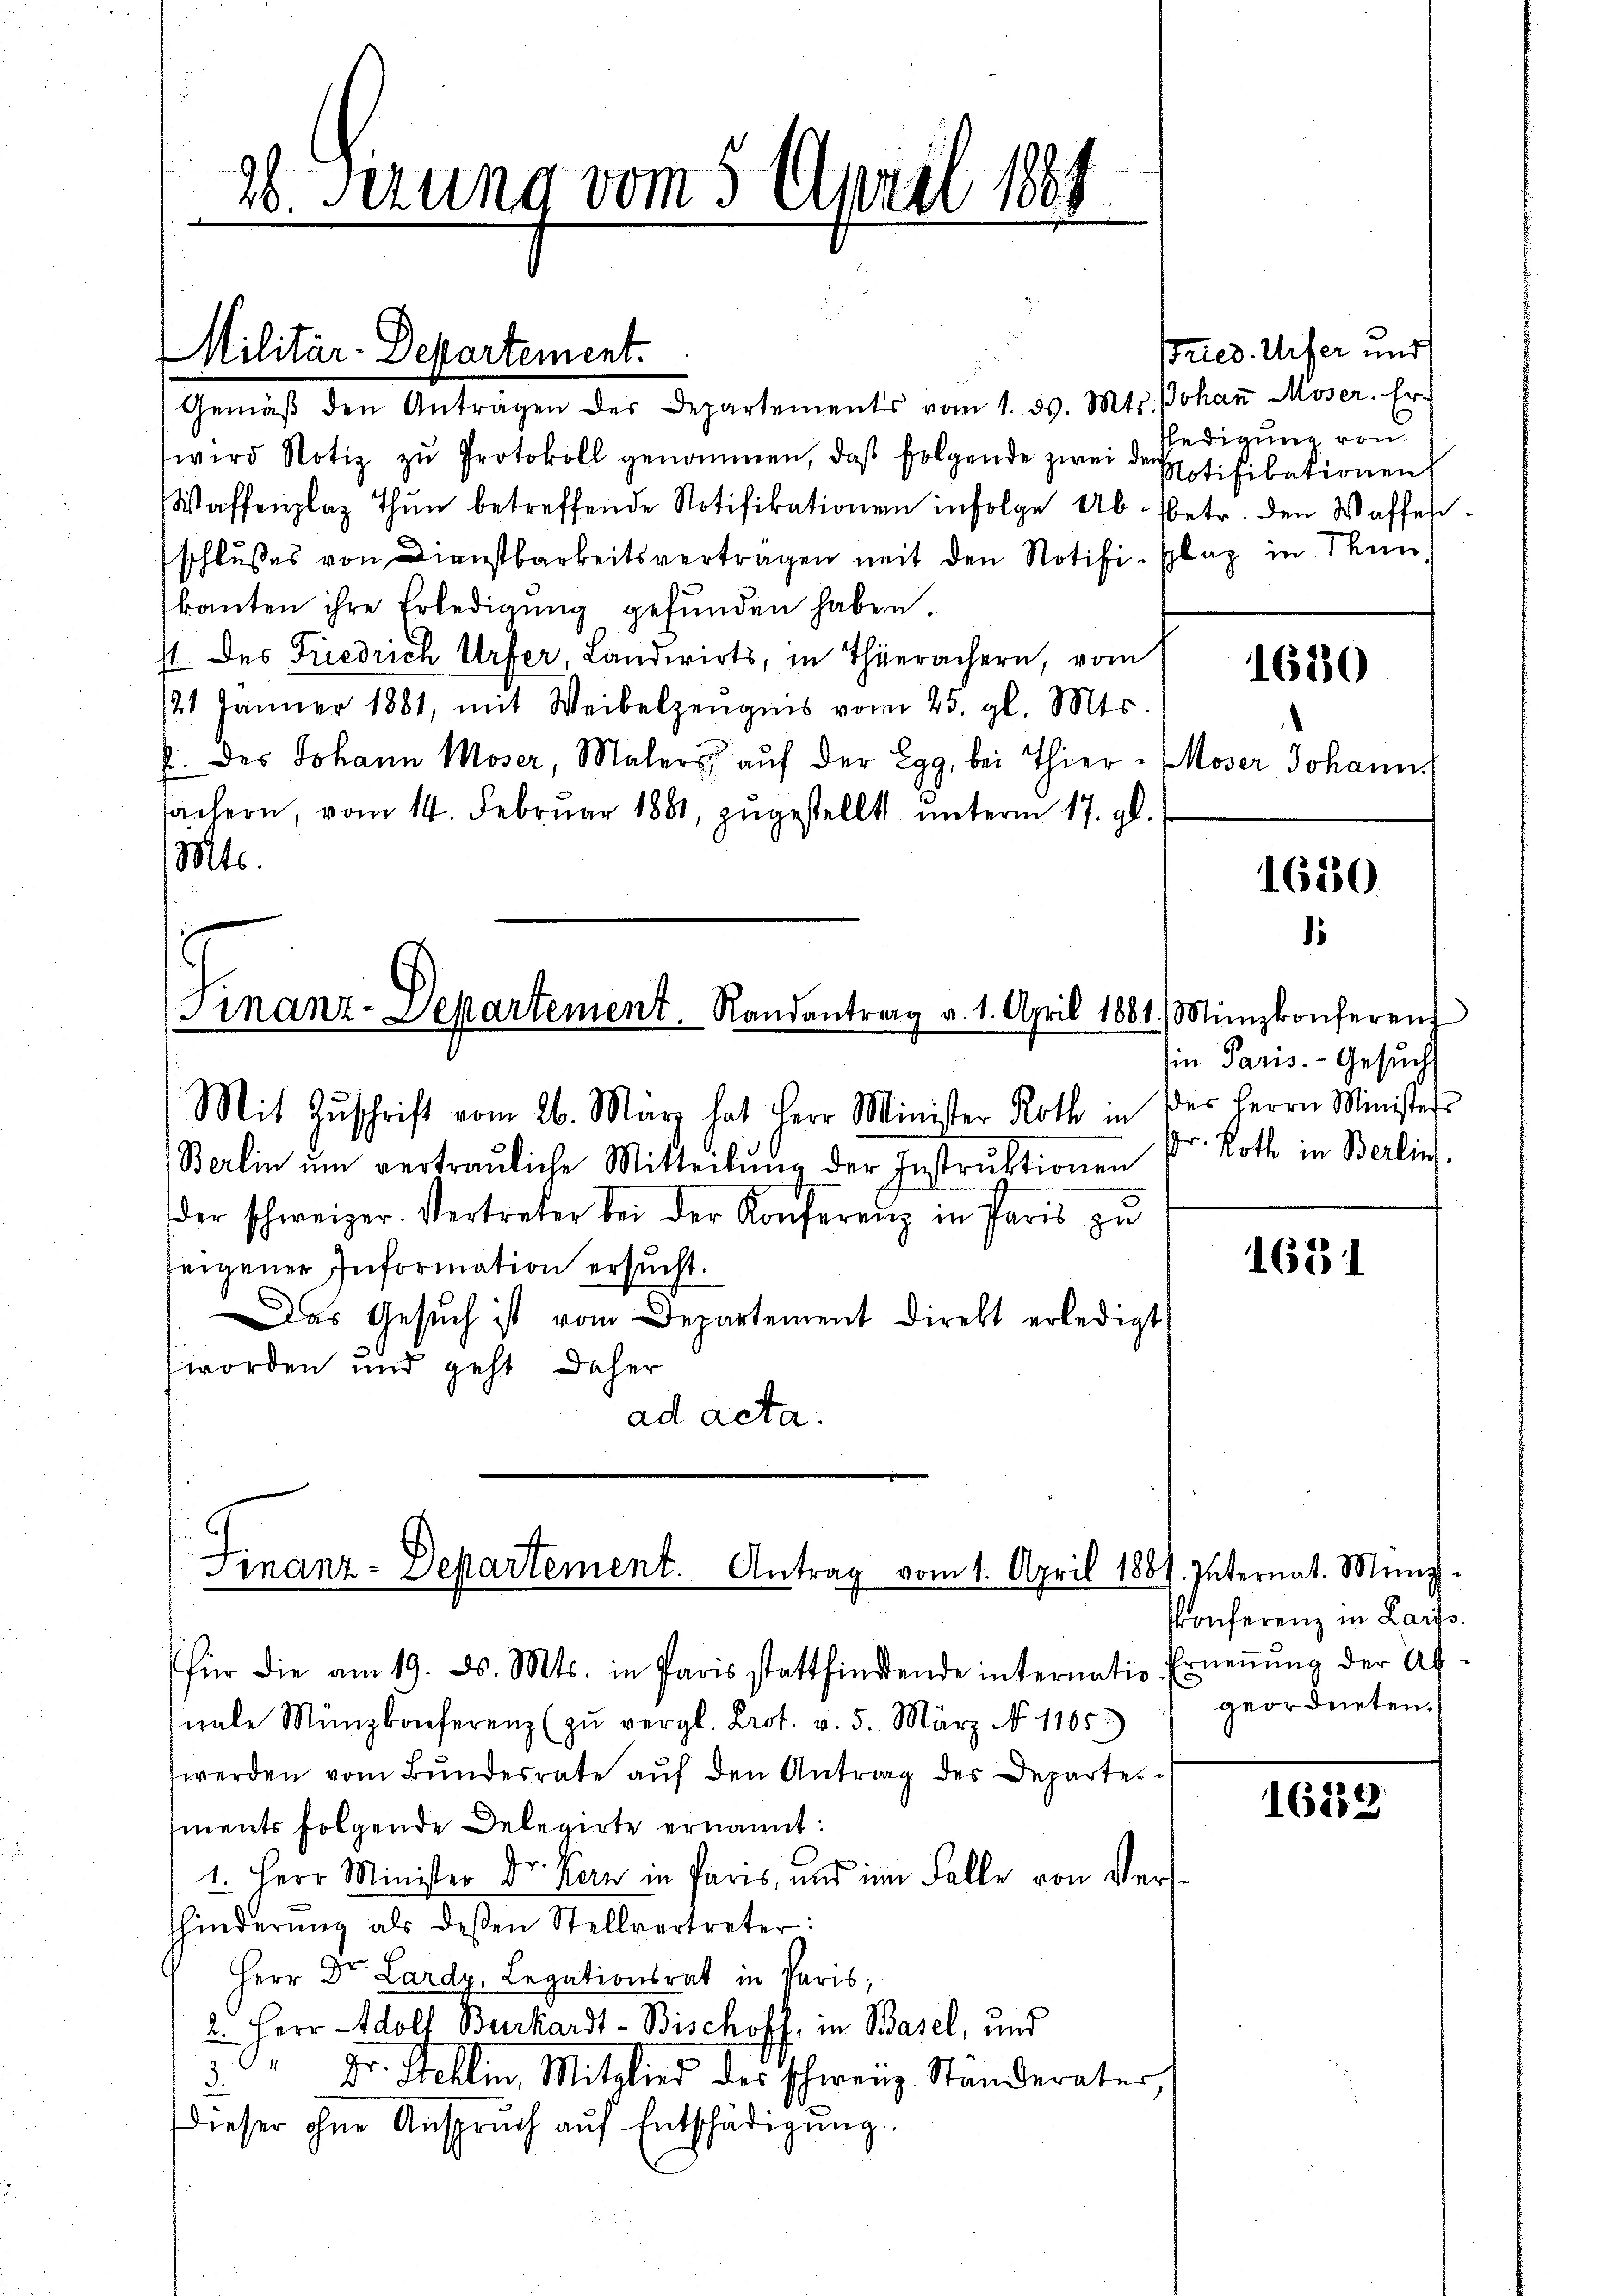
30. Sirung vom 5. April 184

Gemäβ den Antragen der Departements vom 1. ds. Mts. Johaṅ Moser. Er-
wird Notiz zu Protokoll genommen, daß folgende zwei den
Waffenplaz Thun betreffende Notifikationen infolge Ab- (betr. den Waffen.
schlußes von Dienstbarkeitsvertragen mit den Notifi-Plaz in Stan
kanten ihre Erledigŭng gefŭnden haben.
st. des Friedrich Urfer, Landwirts, in Thürrachern, vom
121 Jänner 1881, mit Weibelzeŭgnis vom 25. gl. Mts.
J. des Johann Moser, Malers auf der Egg, bei Thier - Moser Johann
sachern, vom 14. Februar 1881, zugestellt unterm 17. gl.
Mts.

Militär-Departement.

inanz-Separtement. Randantrag v. 1. April 1881. Münzkonferen

Mit Zŭschrift vom 26. März hat Herr Minister Roth in der Herrn Ministers
Berlin ŭm vertrauliche Mitteilŭng der Instrŭktionen
der schweizer. Vertreter bei der Konferenz in Paris zŭ
zeigener Information ersucht.
Das Gesŭch ist vom Departement direkt erledigt
worden und geht daher
ad acta.

Finanz-Departement. Antrag vom 1. April 1887. Internat. Münz-

für die am 19. d. Mts. in Paris stattfindende internatio Erneṅŭng der Ab-
nale Münzkonferenz (zŭ vergl. Prot. v. 5. März No. 11653)
werden vom Bŭndesrate aŭf den Antrag des Departes
ments folgende Delegirte ernannt:
1. Herr Minister Dr. Kern in Paris, und im Falle von Vershinderŭng als dessen Stellvertreter:
Herr Dr. Lardy, Legationsrat in Paris;
2. Herr Adolf Burkardt - Bischoff, in Basel, und
" Dr. Stellin, Mitglied des schweiz. Standerater,
3.
dieser ohne Ansprŭch aŭf Entschädigŭng.

Fried. Uifer und
fledigung von
Notifikationen

1620

1630

in Paris. Gesuch
Dr. Roth in Berlins.

1631

Ponferenz in Laits.
geordneten.

1622